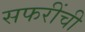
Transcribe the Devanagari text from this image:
सफरींची